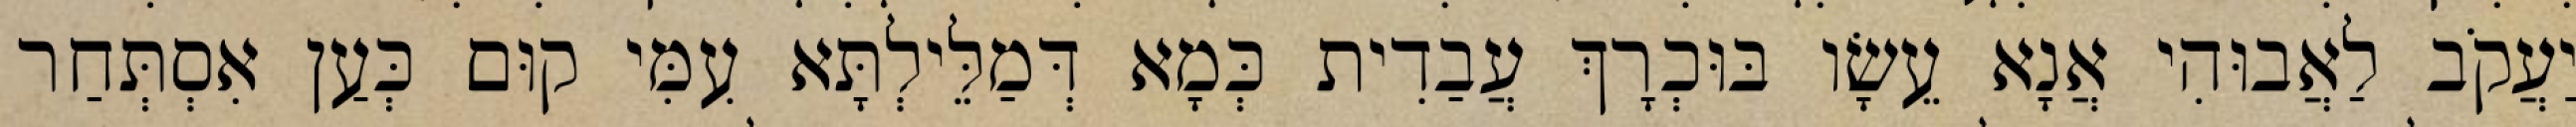
יַעֲקֹב לַאֲבוּהִי אֲנָא עֵשָׂו בּוּכְרָךְ עֲבַדִית כְּמָא דְּמַלֵּילְתָּא עִמִּי קוּם כְּעַן אִסְתְּחַר